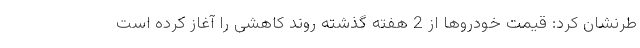
طرنشان کرد: قیمت خودروها از 2 هفته گذشته روند کاهشی را آغاز کرده است